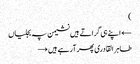
)
← اپنے ہی گراتے ہیں نشیمن پہ بجلیاں
طاہر القادری پھر آرہے ہیں →